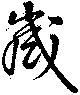
歳